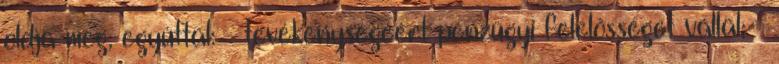
oldja meg, egyúttal:  tevékenységéért pénzügyi felelősséget vállal; 